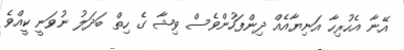
އޭނާ އެހުރިހާ އަނިޔާއެއް ދިންފަހުންވެސް ވިޝާ ގެ ހިތް ބަދަލު ނުވަނީ ކީއްވެ